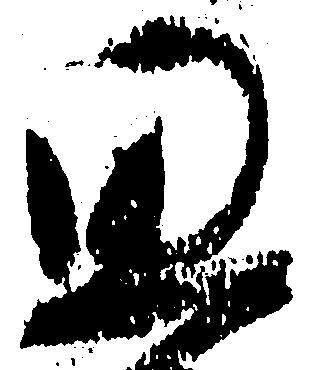
思